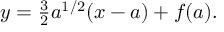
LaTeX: y = \textstyle { \frac { 3 } { 2 } } { a ^ { 1 / 2 } } ( x - a ) + f ( a ) .